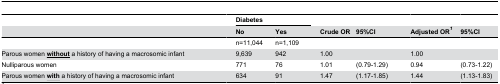
<table><thead><tr><td></td><td></td><td colspan="2"><b>Diabetes</b></td><td></td><td></td><td></td><td></td><td></td><td></td></tr><tr><td></td><td></td><td><b>No</b></td><td><b>Yes</b></td><td></td><td><b>Crude OR</b></td><td><b>95%CI</b></td><td></td><td><b>Adjusted OR<sup><i>1</i></sup></b></td><td><b>95%CI</b></td></tr></thead><tbody><tr><td></td><td></td><td>n=11,044</td><td>n=1,109</td><td></td><td></td><td></td><td></td><td></td><td></td></tr><tr><td>Parous women <b><underline>without</underline></b> a history of having a macrosomic infant</td><td></td><td>9,639</td><td>942</td><td></td><td>1.00</td><td></td><td></td><td>1.00</td><td></td></tr><tr><td>Nulliparous women</td><td></td><td>771</td><td>76</td><td></td><td>1.01</td><td>(0.79-1.29)</td><td></td><td>0.94</td><td>(0.73-1.22)</td></tr><tr><td>Parous women <b><underline>with</underline></b> a history of having a macrosomic infant</td><td></td><td>634</td><td>91</td><td></td><td>1.47</td><td>(1.17-1.85)</td><td></td><td>1.44</td><td>(1.13-1.83)</td></tr></tbody></table>